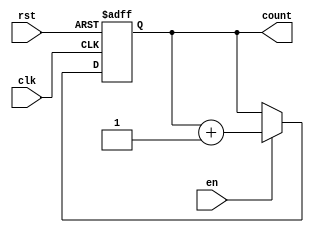
module synchronous_counter #(
    parameter WIDTH = 4  // Parameter to define the width of the counter
)(
    input wire clk,      // Clock input
    input wire rst,      // Asynchronous reset input
    input wire en,       // Enable input
    output reg [WIDTH-1:0] count // Counter output
);

// Always block triggered on the rising edge of the clock
always @(posedge clk or posedge rst) begin
    if (rst) begin
        // Reset the counter to zero
        count <= 0;
    end else if (en) begin
        // Increment the counter if enabled
        count <= count + 1;
    end
end

endmodule